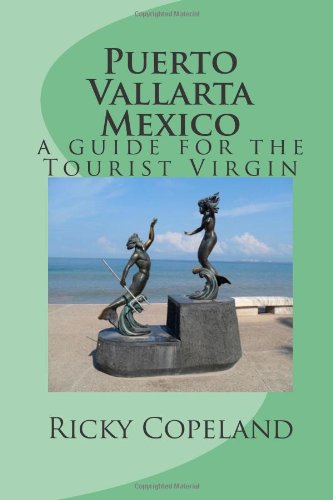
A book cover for Puerto Vallarta Mexico: A Guide For The Tourist Virgin (Volume 1); Ricky Copeland; Travel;